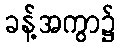
ခန့်အကွာ၌